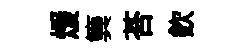
煖簨荅欽